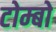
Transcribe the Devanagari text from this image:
टोम्बो